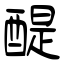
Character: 醍